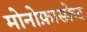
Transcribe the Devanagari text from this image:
मोनोफ़ास्फ़ेट